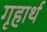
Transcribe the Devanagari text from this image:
गृहार्थ